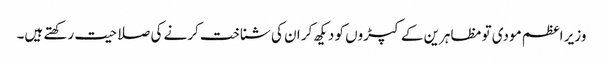
وزیر اعظم مودی تو مظاہرین کے کپڑوں کو دیکھ کر ان کی شناخت کرنے کی صلاحیت رکھتے ہیں۔